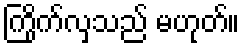
ကြိုက်လှသည် မဟုတ်။